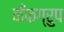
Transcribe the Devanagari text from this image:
कँफग्रुप